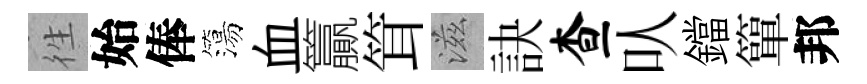
徃始俸簜血籯䇯滋訣查㕥鐺簞邦